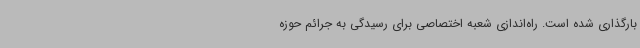
بارگذاری شده است. راه‌اندازی شعبه اختصاصی برای رسیدگی به جرائم حوزه